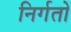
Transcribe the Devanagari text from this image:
निर्गतो